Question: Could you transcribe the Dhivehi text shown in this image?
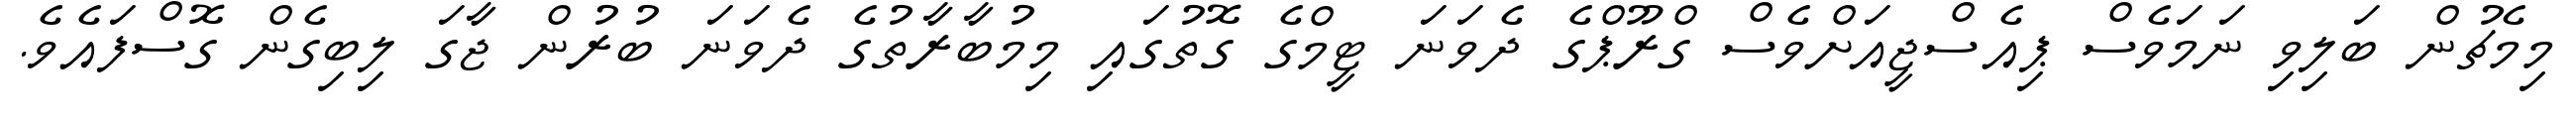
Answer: މިމެޗުން ބަލިވި ނަމަވެސް ޕިއެސްޖީއަށްވެސް ގްރޫޕްގެ ދެވަނަ ޓީމްގެ ގޮތުގައި މިމުބާރާތުގެ ދެވަނަ ބުރުން ޖާގަ ލިބިގެން ގޮސްފައެވެ.